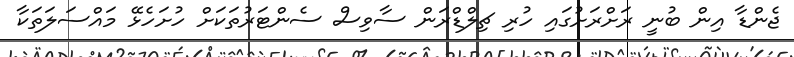
ޖެންޑާ އިން ބުނީ ރަށްރަށުގައި ހުރި ޗިލްޑްރަން ސާވިސް ސެންޓަރުތަކަށް ހުށަހެޅޭ މައްސަލަތަކާ